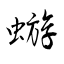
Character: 蝣